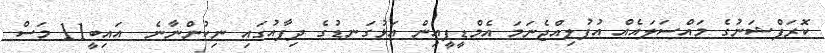
ކޮރަޕްޝަނުގެ މައްސަލައެއް އުފުލިއްޖެނަމަ އެމްޑީޕީއިން އަޅުގަނޑުގެ ދިފާއުގައި ނިކުންނާނެ  އައިބީ11 މަސް